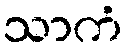
သာကံ